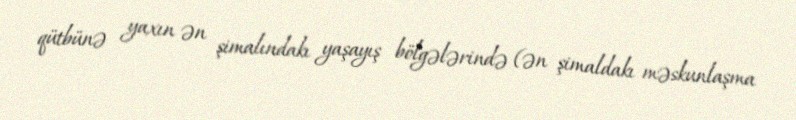
qütbünə yaxın ən şimalındakı yaşayış bölgələrində (ən şimaldakı məskunlaşma